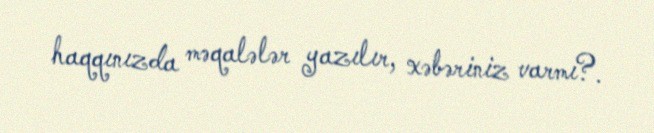
haqqınızda məqalələr yazılır, xəbəriniz varmı?.